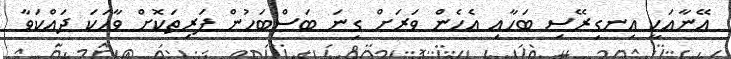
އޭނާއަކީ އިނގިރޭސި ބަހާއި އެހެން ވަރަށް ގިނަ ބަސްބަހުން ފަރިތަކޮށް ވާހަކަ ދައްކަވާ